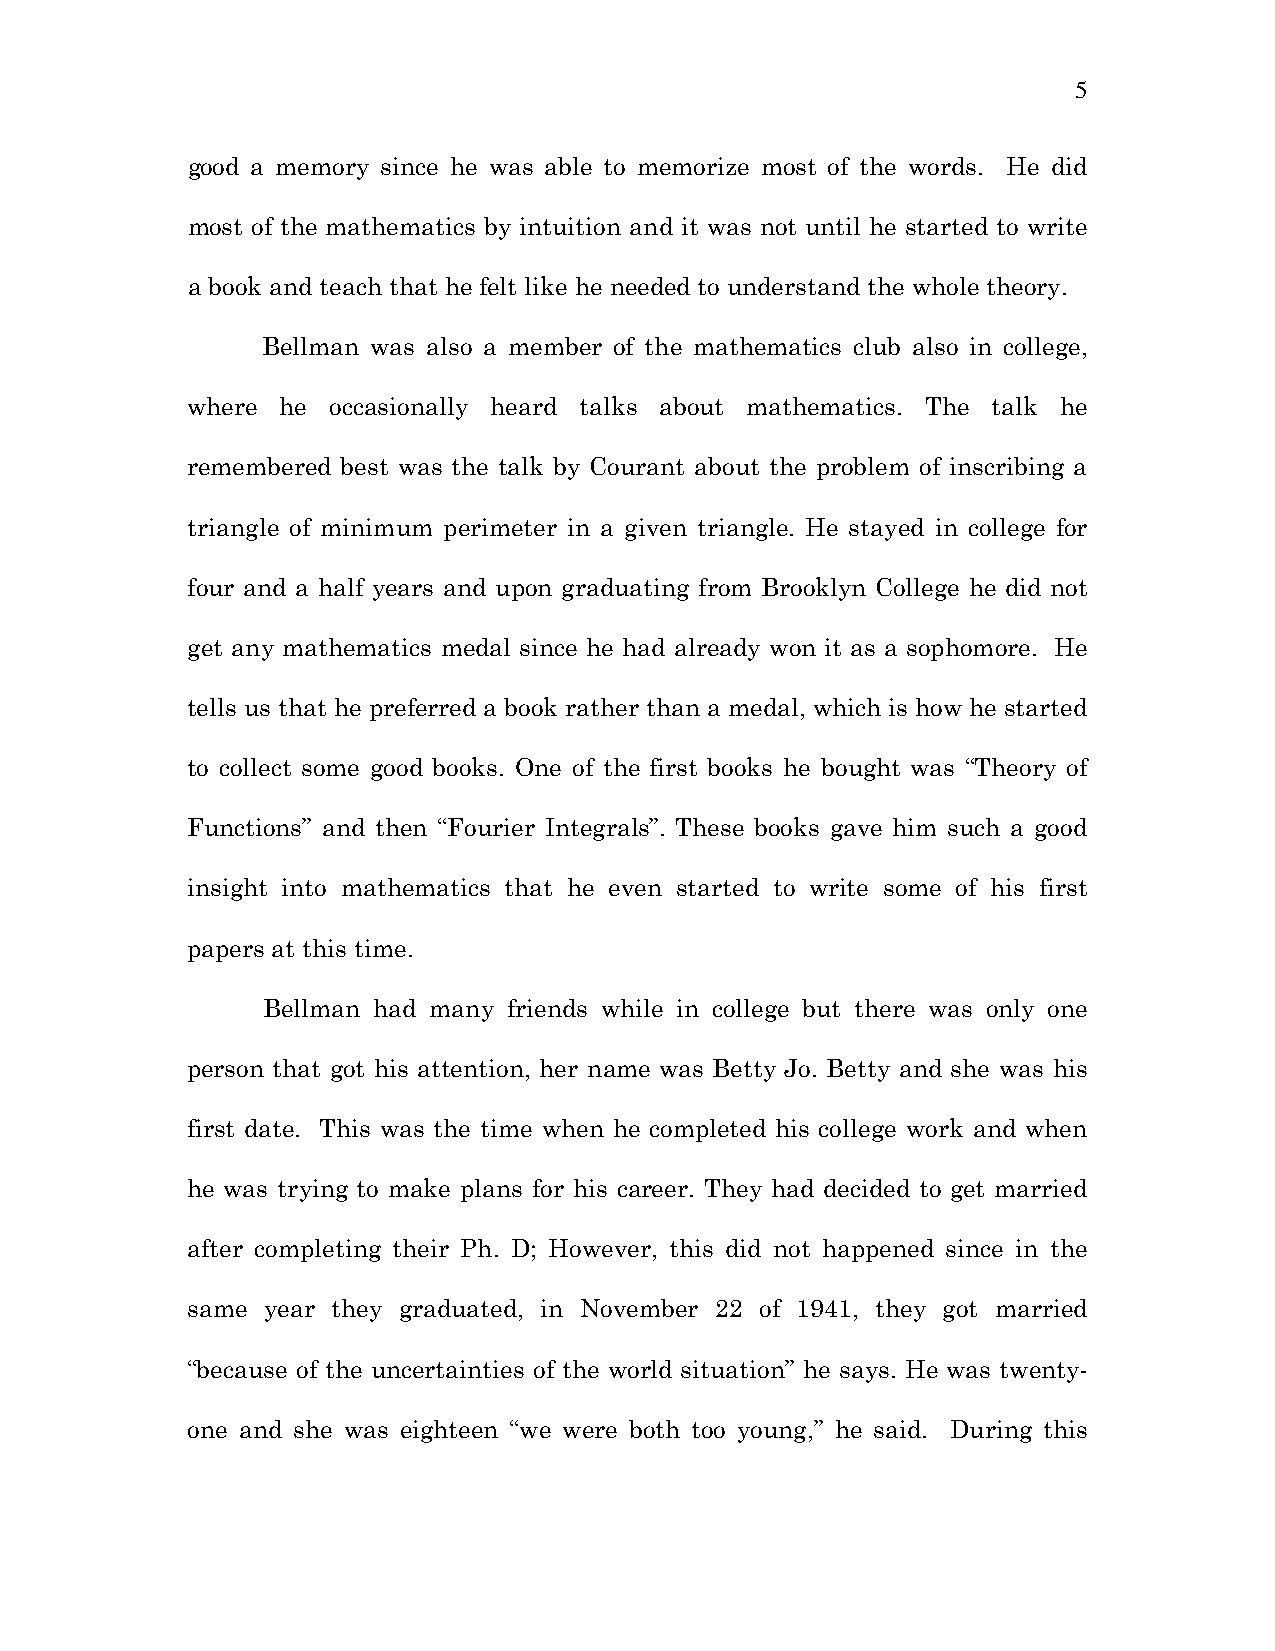
5
 good a memory since he was able to memorize most of the words. He did
 most of the mathematics by intuition and it was not until he started to write
 a book and teach that he felt like he needed to understand the whole theory.
 Bellman was also a member of the mathematics club also in college,
 where  he occasionally heard talks about mathematics. The talk he
 remembered best was the talk by Courant about the problem of inscribing a
 triangle of minimum perimeter in a given triangle. He stayed in college for
 four and a half years and upon graduating from Brooklyn College he did not
 get any mathematics medal since he had already won it as a sophomore. He
 tells us that he preferred a book rather than a medal, which is how he started
 to collect some good books. One of the first books he bought was “Theory of
 Functions” and then “Fourier Integrals”. These books gave him such a good
 insight into mathematics that he even started to write some of his first
 papers at this time.
 Bellman had many friends while in college but there was only one
 person that got his attention, her name was Betty Jo. Betty and she was his
 first date. This was the time when he completed his college work and when
 he was trying to make plans for his career. They had decided to get married
 after completing their Ph. D; However, this did not happened since in the
 same year they graduated, in November 22 of 1941, they got married
 “because of the uncertainties of the world situation” he says. He was twenty-
 one and she was eighteen “we were both too young,” he said. During this